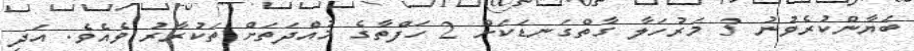
ބަޔާންކުރެވުނު 3 މަރުހަލާ ގާތްގަނޑަކަށް 2 ހަފްތާގެ މުއްދަތަށް ތަކުރާރު ވެއެވެ. އަދި